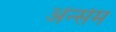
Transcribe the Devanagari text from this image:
अंन्सेम